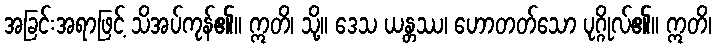
အခြင်းအရာဖြင့် သိအပ်ကုန်၏။ ဣတိ၊ သို့။ ဒေသ ယန္တဿ၊ ဟောတတ်သော ပုဂ္ဂိုလ်၏။ ဣတိ၊